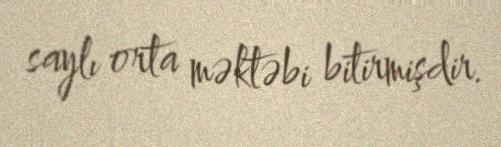
saylı orta məktəbi bitirmişdir.